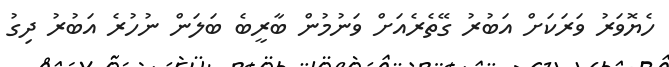
ހެޔޮވަރު ވަރަކަށް އަބުރު ގޭތެރެއަށް ވަނުމުން ބާރީބެ ބަލަން ނުހުރެ އަބުރު ދިގު